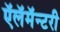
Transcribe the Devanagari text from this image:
ऍलॅमॅन्टरी